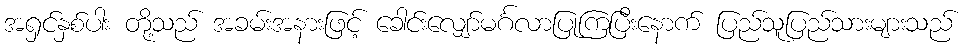
အရှင်နှစ်ပါး တို့သည် အခမ်းအနားဖြင့် ခေါင်းလျှော်မင်္ဂလာပြုကြပြီးနောက် ပြည်သူပြည်သားများသည်